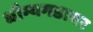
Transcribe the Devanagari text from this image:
धौम्यगडावर